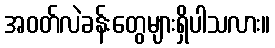
အဝတ်လဲခန်းတွေများရှိပါသလား။